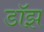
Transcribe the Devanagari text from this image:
डॉझ